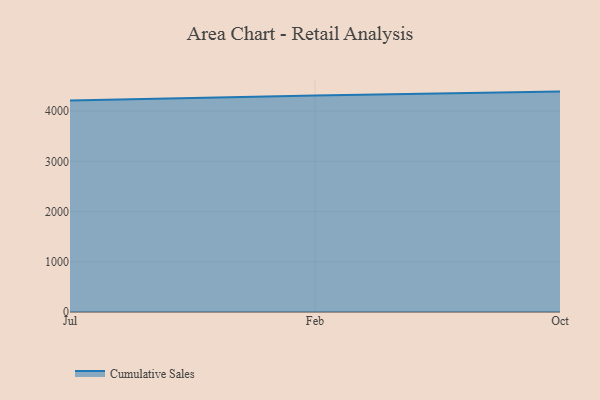
{"axis": {"x": "Month", "y": "Net Income (USD K)"}, "legend": ["Cumulative Sales"], "data": [{"x": "Jul", "y": 4212.3, "type": "Cumulative Sales"}, {"x": "Feb", "y": 4310.5, "type": "Cumulative Sales"}, {"x": "Oct", "y": 4389.0, "type": "Cumulative Sales"}]}